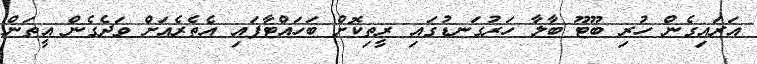
އަރައިގެން ހުރި ބޫޓޫ ބާލާ ހަރުގަނޑުގައި ރީތިކޮށް ބަހައްޓާފައި އެތެރެއަށް ވަދެގެން އީތަން